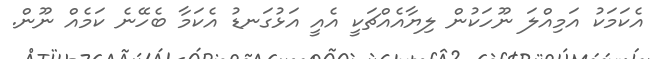
އެކަމަކު އަމިއްލަ ނޫހަކުން ލިޔާއެއްޗަކީ އެއީ އަޅުގަނޑު އެކަމާ ބެހޭނެ ކަމެއް ނޫން.